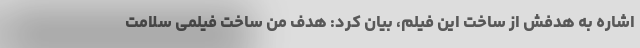
اشاره به هدفش از ساخت این فیلم، بیان کرد: هدف من ساخت فیلمی سلامت